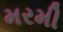
મરમી